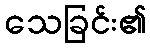
သေခြင်း၏